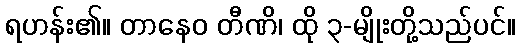
ရဟန်း၏။ တာနေဝ တီဏိ၊ ထို ၃-မျိုးတို့သည်ပင်။